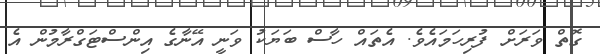
ގޮތް ވަރަށް ފުރިހަމައެވެ. އެތައް ހާސް ބަޔަކު ވަނީ އޭނާގެ އިންސްޓަގްރާމުން އެ